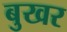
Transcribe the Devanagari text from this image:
बुखर